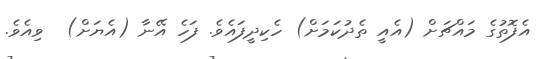
އެފޮތުގެ މައްޗަށް (އެއީ ތެދުކަމަށް) ހެކިދީފައެވެ. ފަހެ އޭނާ (އެޔަށް)  ވިއެވެ.